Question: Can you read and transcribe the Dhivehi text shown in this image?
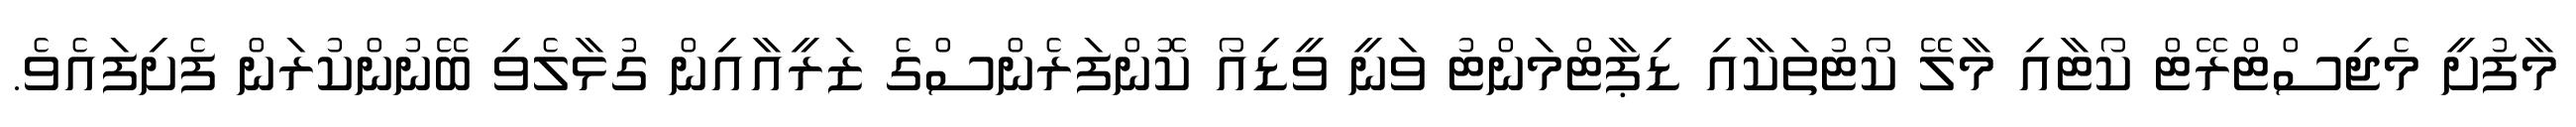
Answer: މާފުށީ މެޖިސްޓްރޭޓް ކޯޓާއި މާލޭ ކޯޓުތަކާއި ޑިޕާޓްމަންޓު ވަނީ ވީޑިއޯ ކޮންފަރެންސްގެ ޒަރީއާއިން ގުޅާލެވި ބޭނުންކުރަން ފެށިފައެވެ.